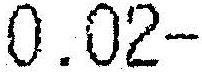
0.02-